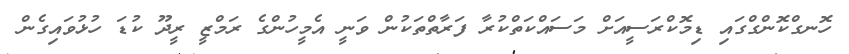
ހޮނގްކޮންގްގައި ޑިމޮކްރަސީއަށް މަސައްކަތްކުރާ ފަރާތްތަކުން ވަނީ އެމީހުންގެ ރަމްޒީ ރީދޫ ކުޑަ ހުޅުވައިގެން